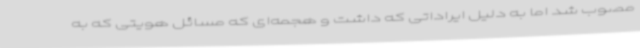
مصوب شد اما به دلیل ایراداتی که داشت و هجمه‌ای که مسائل هویتی که به